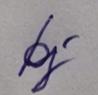
Signature authenticity: genuine